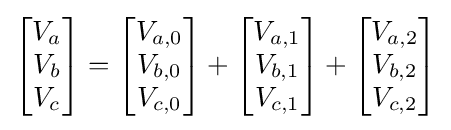
{\begin{bmatrix}V_{a}\\V_{b}\\V_{c}\end{bmatrix}}={\begin{bmatrix}V_{a,0}\\V_{b,0}\\V_{c,0}\end{bmatrix}}+{\begin{bmatrix}V_{a,1}\\V_{b,1}\\V_{c,1}\end{bmatrix}}+{\begin{bmatrix}V_{a,2}\\V_{b,2}\\V_{c,2}\end{bmatrix}}